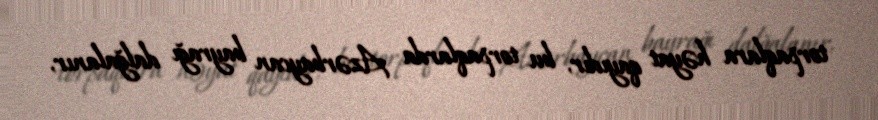
torpaqlara həyat qayıdır, bu torpaqlarda Azərbaycan bayrağı dalğalanır,